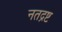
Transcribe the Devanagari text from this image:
नतद्रष्ट